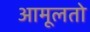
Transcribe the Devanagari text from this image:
आमूलतो